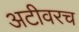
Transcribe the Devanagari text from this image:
अटीवरच